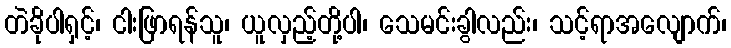
တဲခိုပါရှင့်၊ ငါးဖြာရန်သူ၊ ယူလှည့်တို့ပါ၊ သေမင်းခွါလည်း၊ သင့်ရာအလျောက်၊